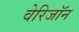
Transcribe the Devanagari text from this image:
वेरिजॉन